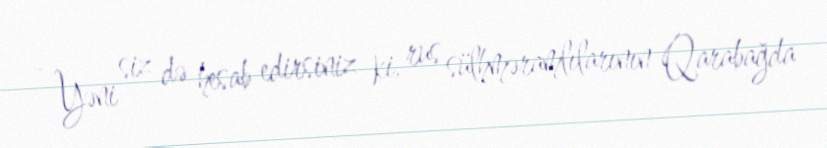
- Yəni siz də hesab edirsiniz ki, rus sülhməramlılarının Qarabağda